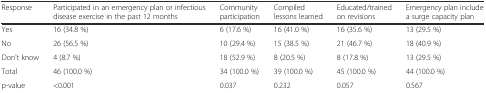
| Response | Participated in an emergency plan or infectious disease exercise in the past 12 months | Community participation | Compiled lessons learned | Educated/trained on revisions | Emergency plan include a surge capacity plan |
 | --- | --- | --- | --- | --- | --- |
 | Yes | 16 (34.8 %) | 6 (17.6 %) | 16 (41.0 %) | 16 (35.6 %) | 13 (29.5 %) |
 | No | 26 (56.5 %) | 10 (29.4 %) | 15 (38.5 %) | 21 (46.7 %) | 18 (40.9 %) |
 | Don't know | 4 (8.7 %) | 18 (52.9 %) | 8 (20.5 %) | 8 (17.8 %) | 13 (29.5 %) |
 | Total | 46 (100.0 %) | 34 (100.0 %) | 39 (100.0 %) | 45 (100.0 %) | 44 (100.0 %) |
 | p-value | <0.001 | 0.037 | 0.232 | 0.057 | 0.567 |